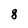
Character: 8